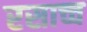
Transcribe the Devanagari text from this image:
रसाच्च